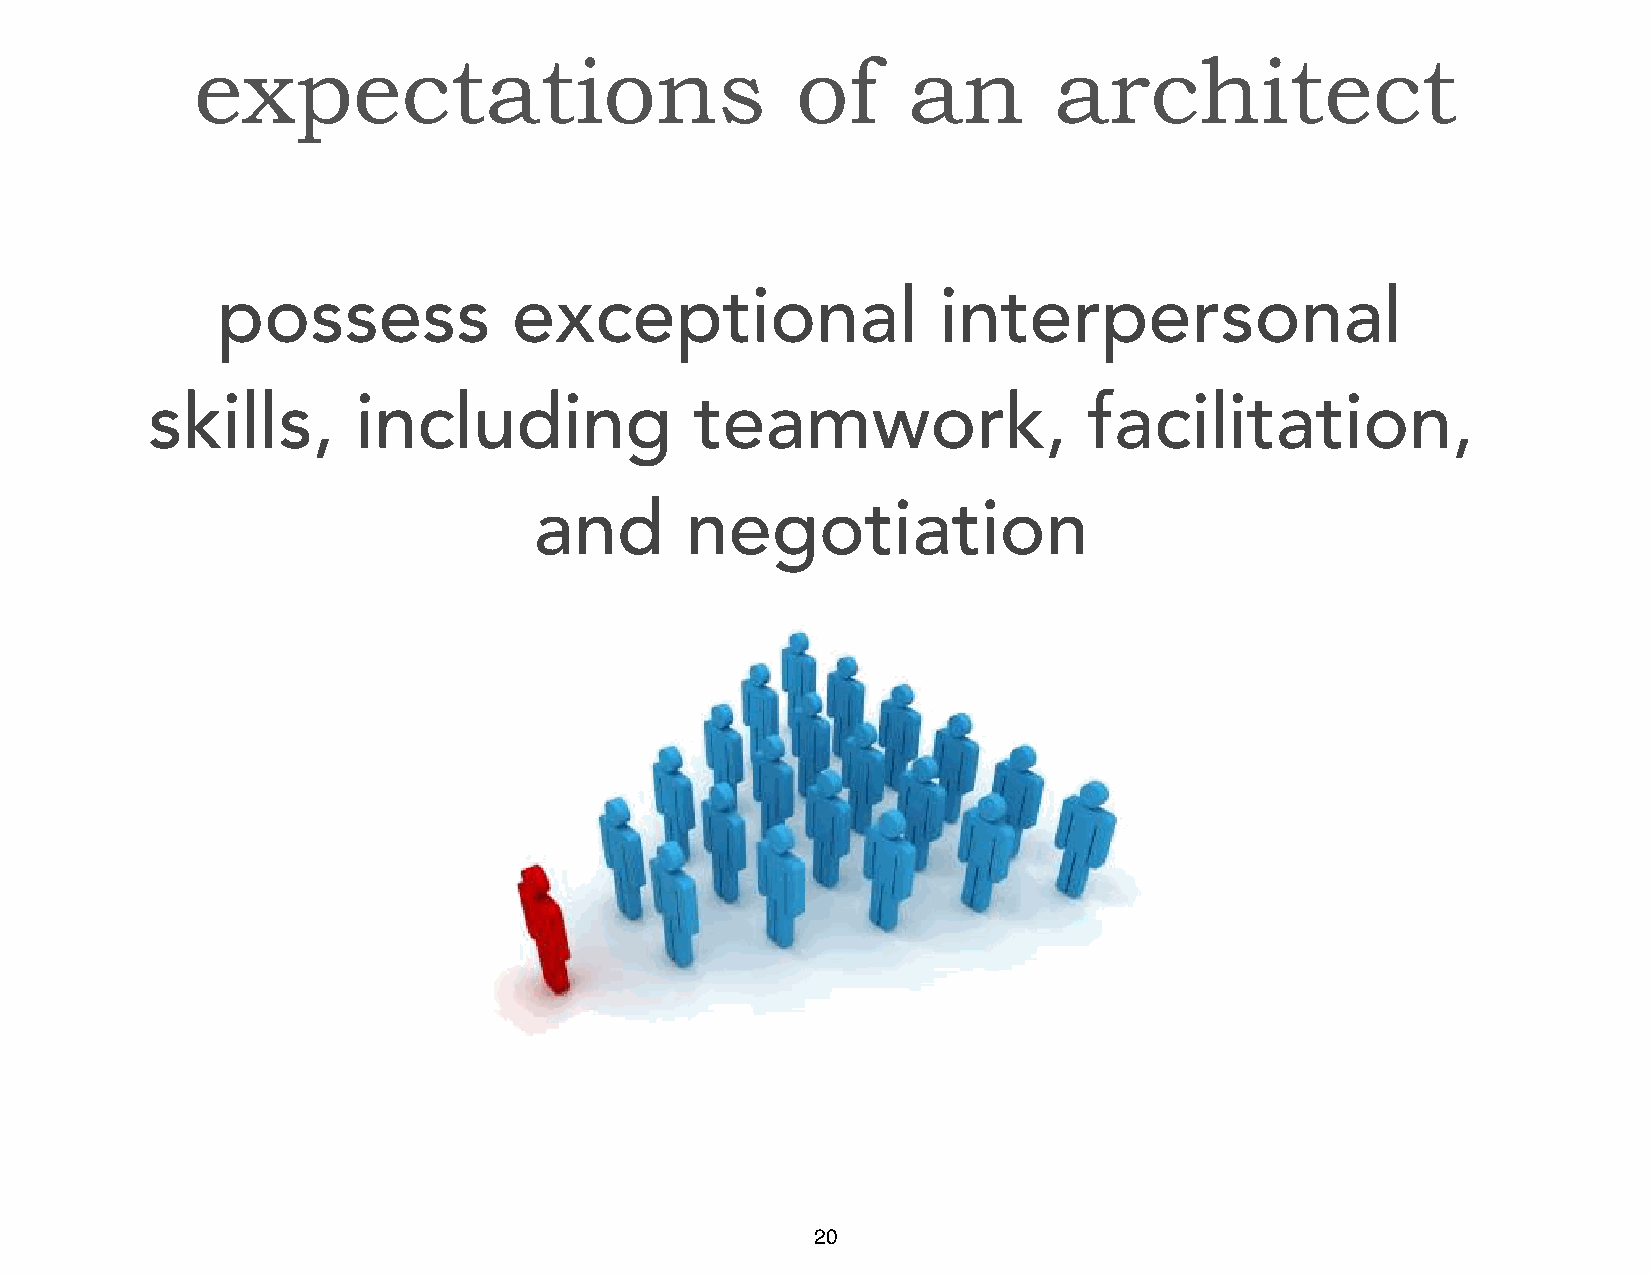
expectations                            of     an        architect
 possess             exceptional                 interpersonal
 skills,       including             teamwork,                 facilitation,
 and       negotiation
 20